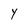
Character: Y